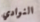
النوادي